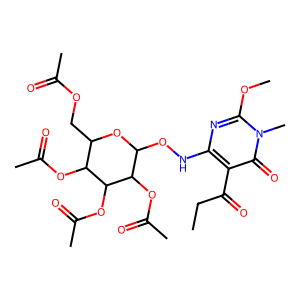
SMILES: CCC(=O)c1c(NOC2OC(COC(C)=O)C(OC(C)=O)C(OC(C)=O)C2OC(C)=O)nc(OC)n(C)c1=O
Inhibits HIV replication: No